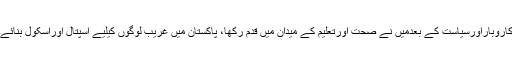
کاروباراورسیاست کے بعدمیں نے صحت اورتعلیم کے میدان میں قدم رکھا، پاکستان میں غریب لوگوں کیلیے اسپتال اوراسکول بنائے۔